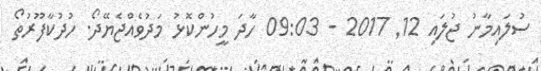
ސުލައިމާނު ޖުލައި 12